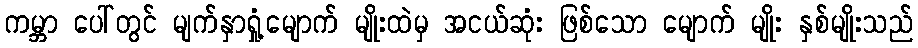
ကမ္ဘာ ပေါ်တွင် မျက်နှာရှုံ့မျောက် မျိုးထဲမှ အငယ်ဆုံး ဖြစ်သော မျောက် မျိုး နှစ်မျိုးသည်